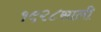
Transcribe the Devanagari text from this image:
१९२८साली